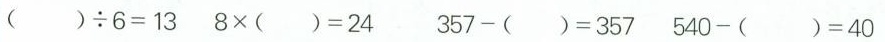
$$( ) \div 6 =$$ $$1 3 8 \times ( ) = 2 4$$ $$3 5 7 - ( ) = 3 5 7$$ $$5 4 0 - ( ) = 4 0$$